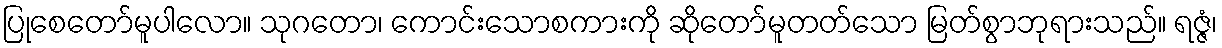
ပြုစေတော်မူပါလော။ သုဂတော၊ ကောင်းသောစကားကို ဆိုတော်မူတတ်သော မြတ်စွာဘုရားသည်။ ရဇ္ဇံ၊